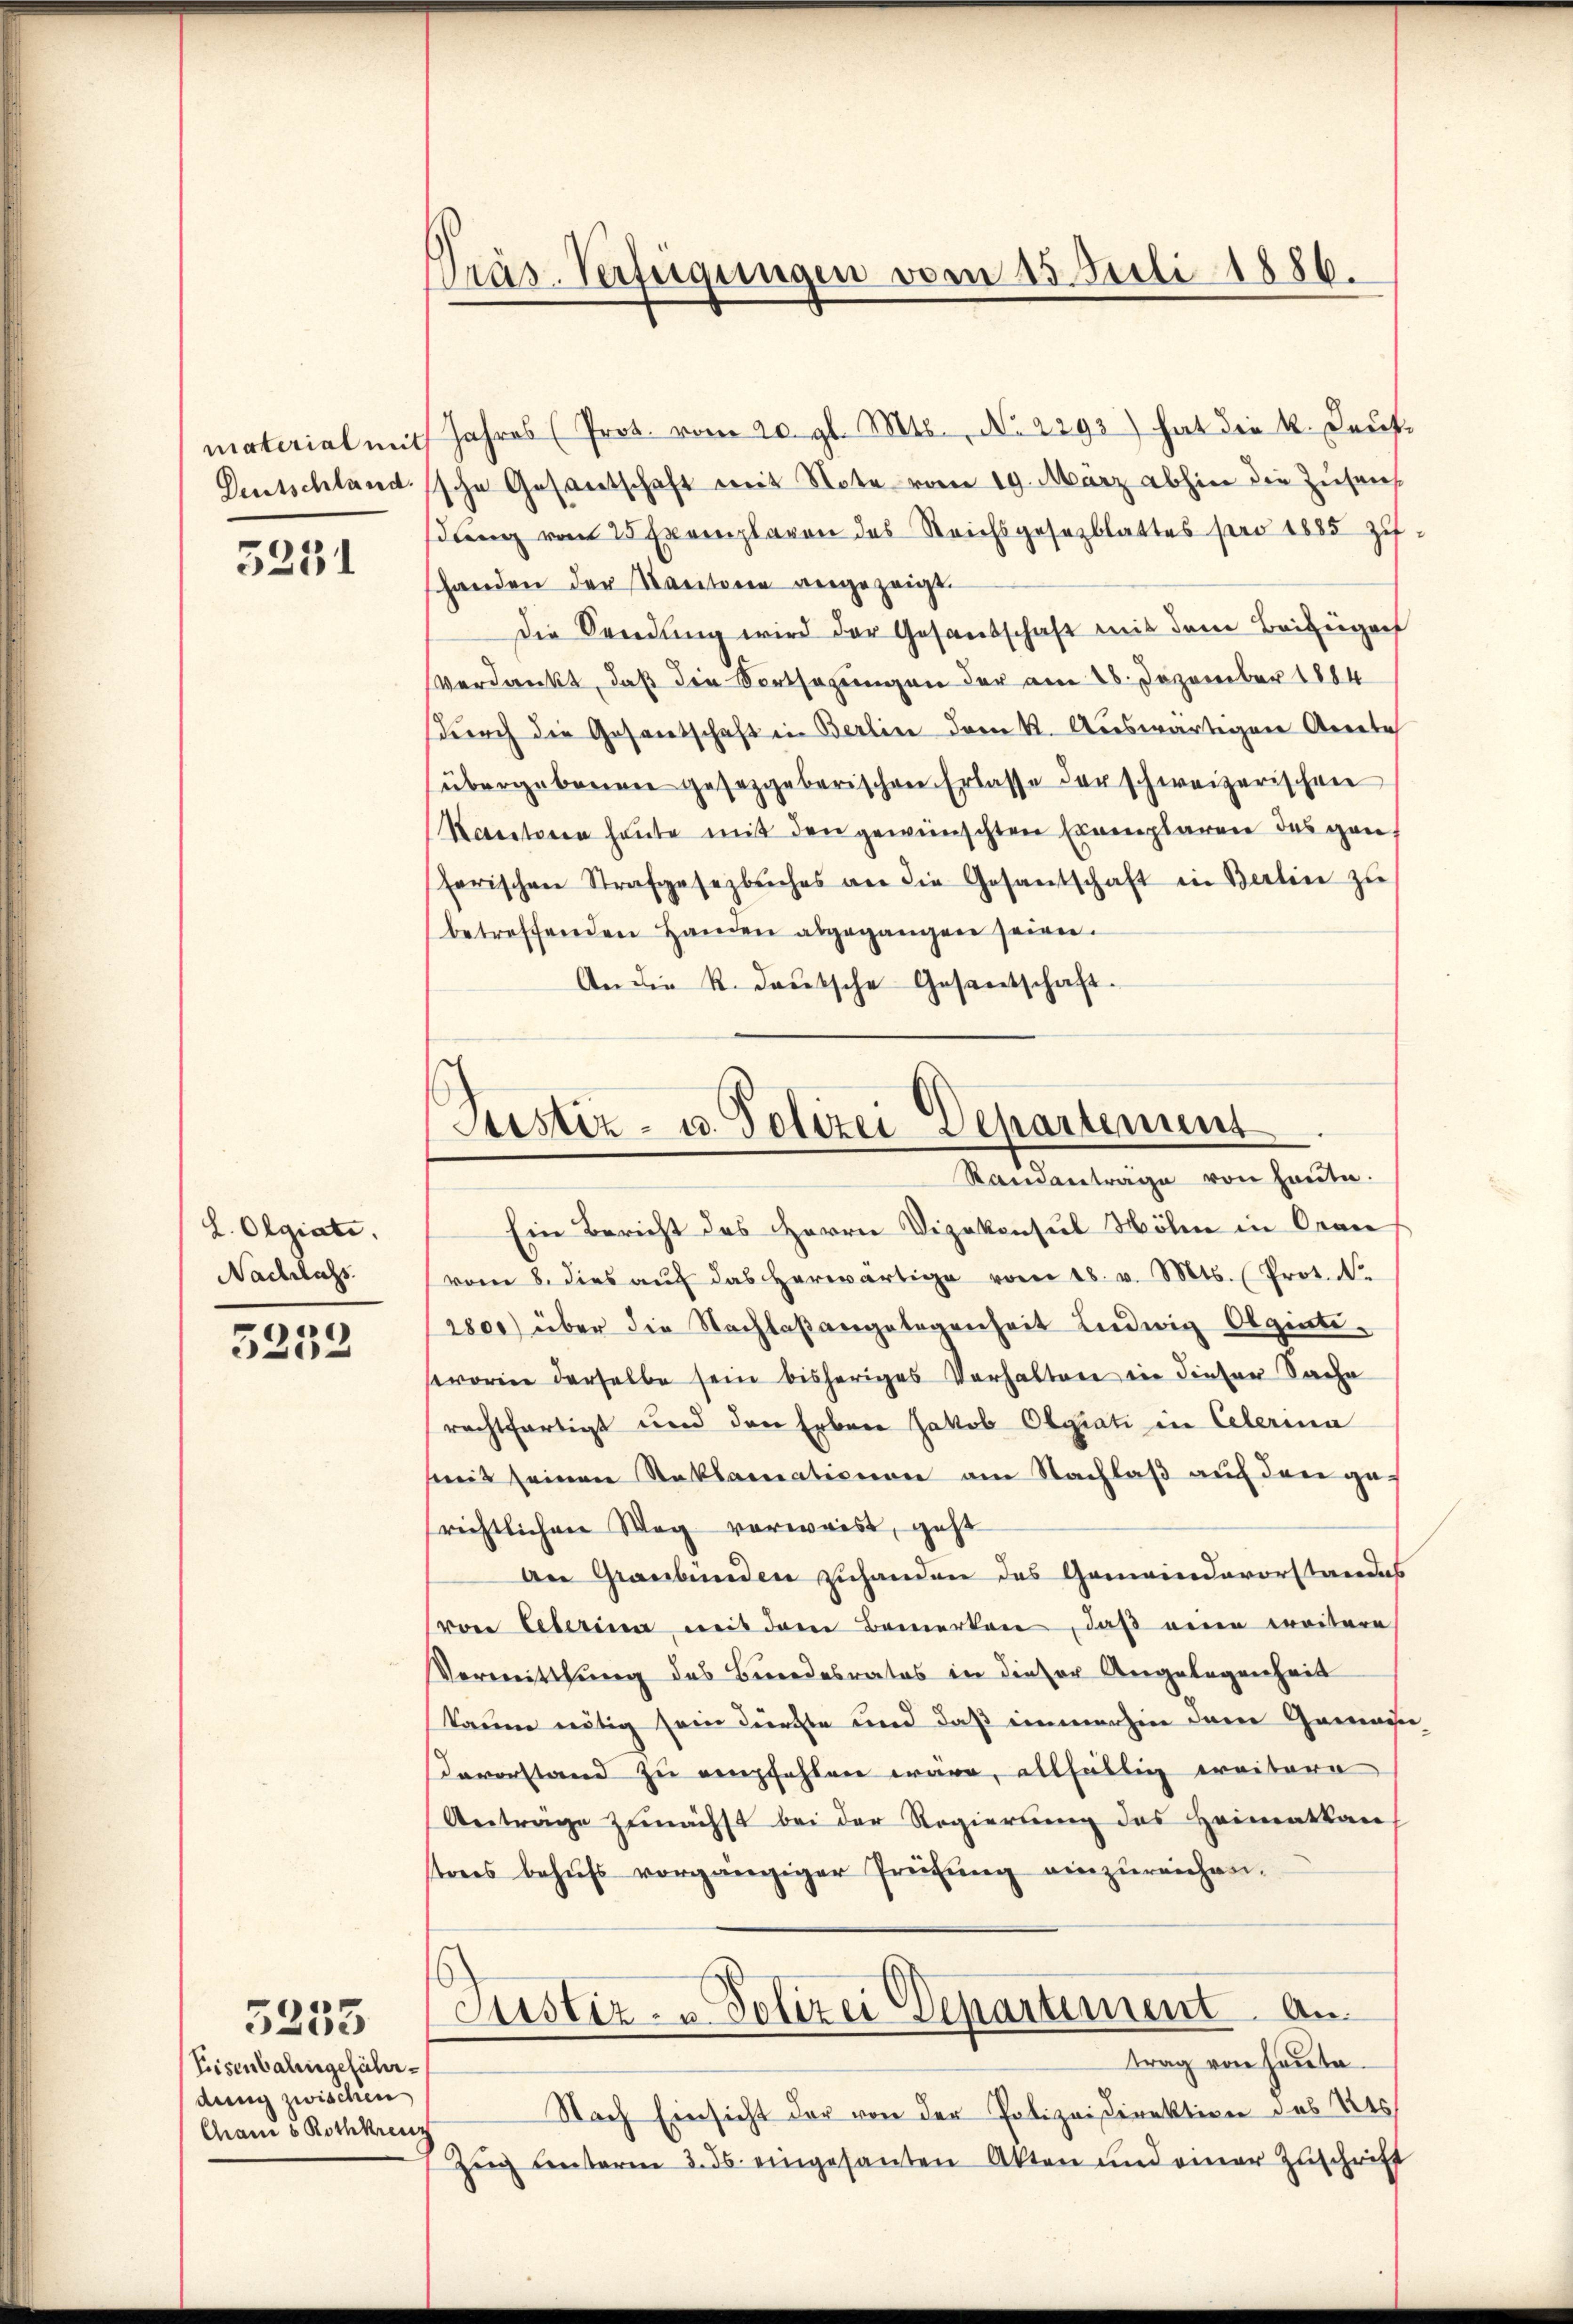
material mit
Deutschland.

5251

L. Olgiati
Nachlass.

5252

Eisenbahngeführdung zwischen
Can 5 Rothkreuz

5255

Präs. Verfügungen vom 15. Juli 1886.

Jahres (Prot. vom 20. gl. Mts., No 2293) hat die k. Leute
sche Gesantschaft mit Note vom 19. März abhin die Zusam
dung vom 25 Exemplavon des Reichsgesezblattes pro 1885 zuhanden der Kantone vergezeigt.
die Sandlung wird der Gesandschaft mit dem Beibeigenf
verdankt, daß die Fortsazungen der am 26. Dezember 1884
durch die Gesamtschaft in Berlin dem K. Auswärtigen Anerbes
übergebenen gesetzgeberischen Erlasse der schweizerischen
Rectoren heute mit den gewünschten Ernenplaren des gan
herischen Strafgesetzbuches an die Gesantschaft in Berlin zŭ
betreffenden Handen abgegangen seien.
An die R. deutsche Gesantschaft.

Justiz- u. Polizei Departement
Ramantrage von heute.

Ein Bericht des Herrn Vizekonsul Höhen in Oran
vom 8. dies auf das herwärtige vom 18. v. Mts. (Prot. No
2800) über die Nachlaßangelegenheit Ludwig Olgintisworin derselbe sein bisheriges Verhalten in dieser Sache
rechtfertigt und den Erben Jakob Olgrati in Celerina
mit seinen Reklamationen am Nachlaß auf den ge-
richtlichen Weg vorweist, geht
an Graubünden zuhanden das Gemeindevorstandes
von Leberina mit dem Bemerken, daß eine weitere
Vermittlung des Bundesrates in dieser Angelegenheit
kaum nötig sein durchte und daß immerhin dem Gemaine
devorstand zu empfehlen wäre, allfällig eraitere
Anträge zunächst bei der Regierung des Heimatkan
tens behŭfs vorgängiger Prüfŭng einzŭreichnei¬
Justiz- & Polizei Departement. An
trag von heute.
Nach Einsicht der von der Polizeidirektion des Kts.
Zŭg Fensterm 3. ds. eingesanten Akten und einer Zuschrift